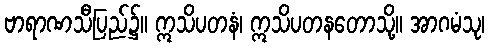
ဗာရာဏသီပြည်၌။ ဣသိပတနံ၊ ဣသိပတနတောသို့။ အာဂမံသု၊